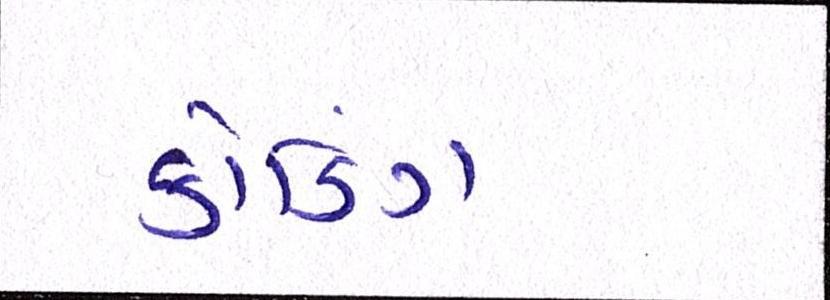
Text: કોડિંગ